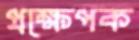
প্রক্ষেপক